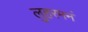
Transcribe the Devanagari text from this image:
लुहरमनं